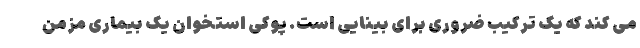
می کند که یک ترکیب ضروری برای بینایی است. پوکی استخوان یک بیماری مزمن